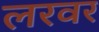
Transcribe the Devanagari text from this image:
लरवर